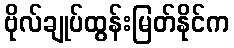
ဗိုလ်ချုပ်ထွန်းမြတ်နိုင်က